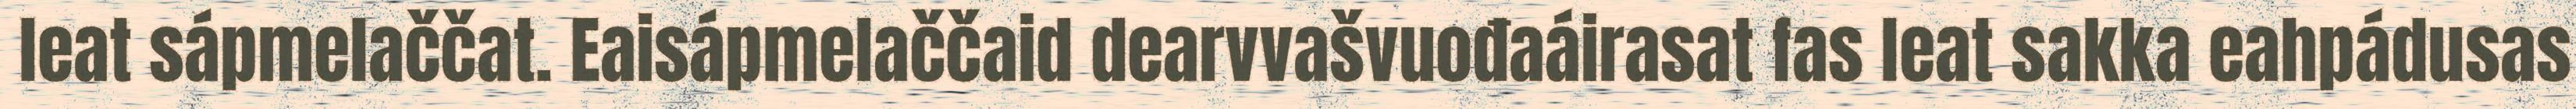
leat sápmelaččat. Eaisápmelaččaid dearvvašvuođaáirasat fas leat sakka eahpádusas